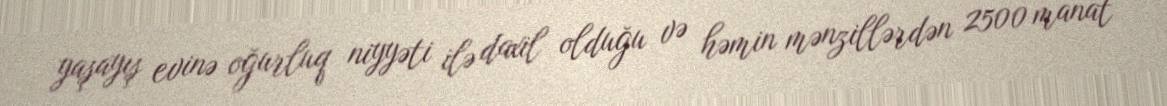
yaşayış evinə oğurluq niyyəti ilə daxil olduğu və həmin mənzillərdən 2500 manat